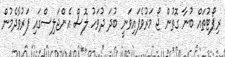
ރިޕޯޓުތައް ބުނާ ގޮތުން ޖޯ މަރުވެފައިވަނީ ބުދަ ދުވަހު ލޮސް އެންޖަލިސްގައި ފަރުވާދެމުން